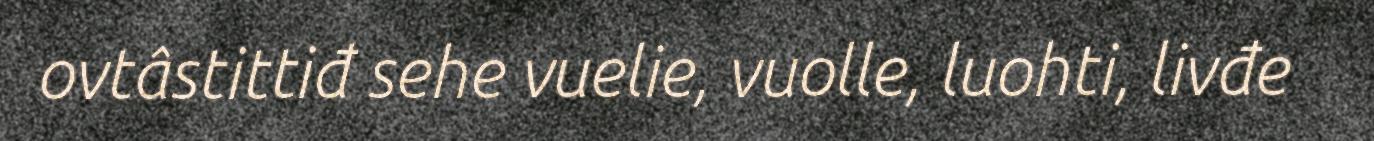
ovtâstittiđ sehe vuelie, vuolle, luohti, livđe